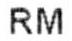
RM